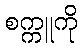
စက္ကူကို